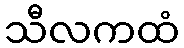
သီလကထံ